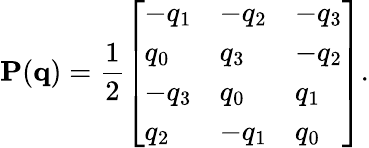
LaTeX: \mathbf{P}(\mathbf{q})=\frac{1}{2}\left[\begin{array}{lll}{-q_{1}}&{-q_{2}}&{-q_{3}}\\ {q_{0}}&{q_{3}}&{-q_{2}}\\ {-q_{3}}&{q_{0}}&{q_{1}}\\ {q_{2}}&{-q_{1}}&{q_{0}}\end{array}\right].